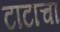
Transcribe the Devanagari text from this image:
टाटाचा